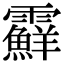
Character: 𩆵